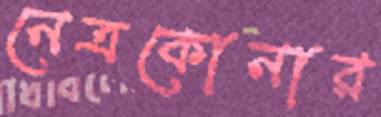
নেত্রকোনার